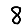
Digit: 8